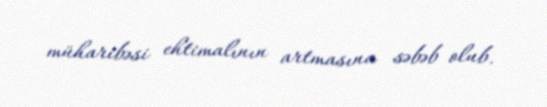
müharibəsi ehtimalının artmasına səbəb olub.